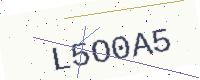
Text: L5O0A5